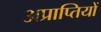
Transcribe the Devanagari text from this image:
अप्राप्तियों